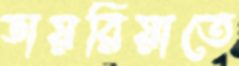
ডায়রিয়াতে